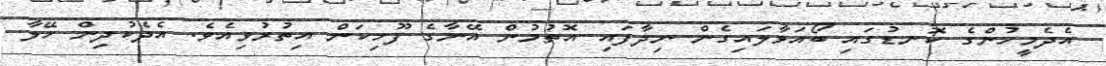
އެދެމީހުންގެ ކޮނޑުގައި ބޯއަޅާލައިގެން ނިދާފައި އޮތުމުން އޭނާގެ ފޫހިކަން އިތުރުވިއެވެ. އެދެކުދިން ހޭލާ